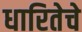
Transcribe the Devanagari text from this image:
धारितेचे